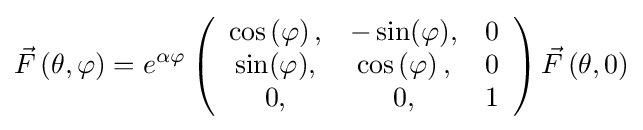
{\vec {F}}\left({\theta ,\varphi }\right)=e^{\alpha \varphi }\left({\begin{array}{*{20}c}{\cos \left(\varphi \right),}&{-\sin(\varphi ),}&{\rm {0}}\\{\sin(\varphi ),}&{\cos \left(\varphi \right),}&0\\{0,}&{\rm {0,}}&1\\\end{array}}\right){\vec {F}}\left({\theta ,0}\right)